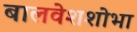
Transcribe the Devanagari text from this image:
बालवेशशोभा